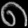
Digit: ၈